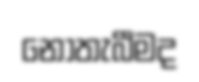
නොතැබීමද